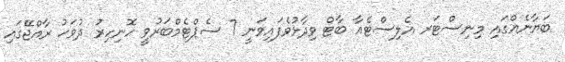
ބަޔާނެއްގައި މިނިސްޓަރ އެލިސްޓެއާ ބާޓް ވިދާޅުވެފައިވަނީ 7 ސެޕްޓެމްބަރުވީ ހޮނިހިރު ދުވަހު ރާއްޖޭގައި